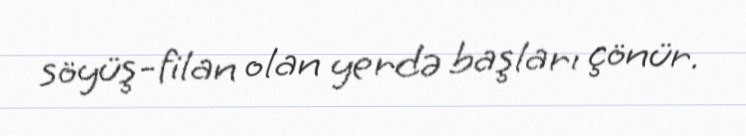
söyüş-filan olan yerdə başları çönür.